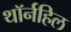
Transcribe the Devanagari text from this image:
थॉर्नहिल